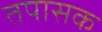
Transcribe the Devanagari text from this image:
तपासक